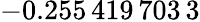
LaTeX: -0.255\, 419\, 703\, 3